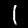
Digit: 1